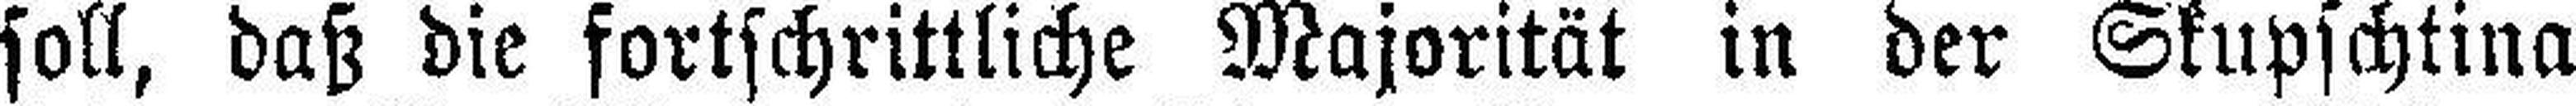
soll, daß die fortschrittliche Majorität in der Skupschtina